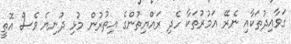
ގަވާއިދުތަކާއި ނެރޭ އަމުރުތަކާ ހެދި ރައްޔިތުންގެ އިތުރުން މުޅި ދުނިޔެ ވެސް އޮތީ